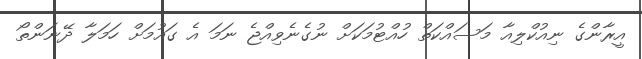
އީރާންގެ ނިއުކްލިއާ މަސައްކަތް ހުއްޓުމަކަށް ނުގެނެވިއްޖެ ނަމަ އެ ގައުމަށް ހަމަލާ ދޭނަންތޯ